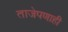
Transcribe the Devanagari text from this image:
ताजेपणाही